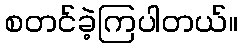
စတင်ခဲ့ကြပါတယ်။